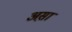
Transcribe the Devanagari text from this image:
अस़ा